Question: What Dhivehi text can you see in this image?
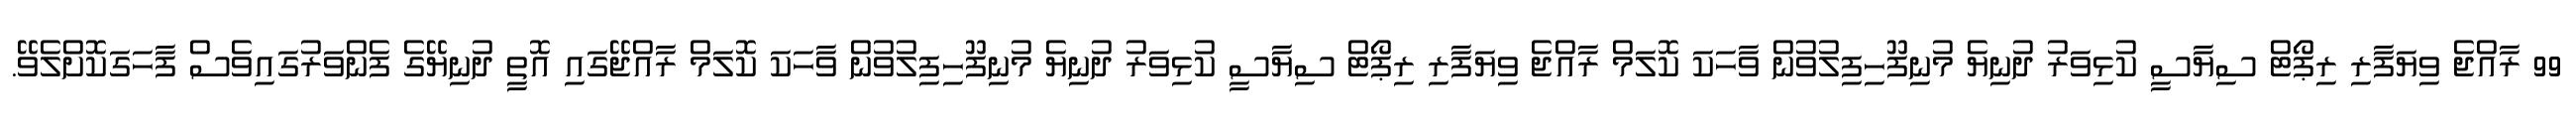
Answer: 99 ރާއްޖެ ވިޔަފާރި ރިޕޯޓް ސިޔާސީ ކުޅިވަރު ދުނިޔެ މުނިފޫހިފިލުވުން ވާހަކަ ކޮލަމް ރާއްޖެ ވިޔަފާރި ރިޕޯޓް ސިޔާސީ ކުޅިވަރު ދުނިޔެ މުނިފޫހިފިލުވުން ވާހަކަ ކޮލަމް ރާއްޖޭގައި އޮތީ ދުނިޔޭގެ ފެންވަރުގައިވެސް ފާހަގަކޮށްލެވޭ.